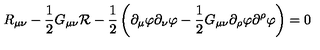
R _ { \mu \nu } - \frac { 1 } { 2 } G _ { \mu \nu } { \cal R } - \frac { 1 } { 2 } \left( \partial _ { \mu } \varphi \partial _ { \nu } \varphi - \frac { 1 } { 2 } G _ { \mu \nu } \partial _ { \rho } \varphi \partial ^ { \rho } \varphi \right) = 0